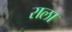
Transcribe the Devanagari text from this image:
राला